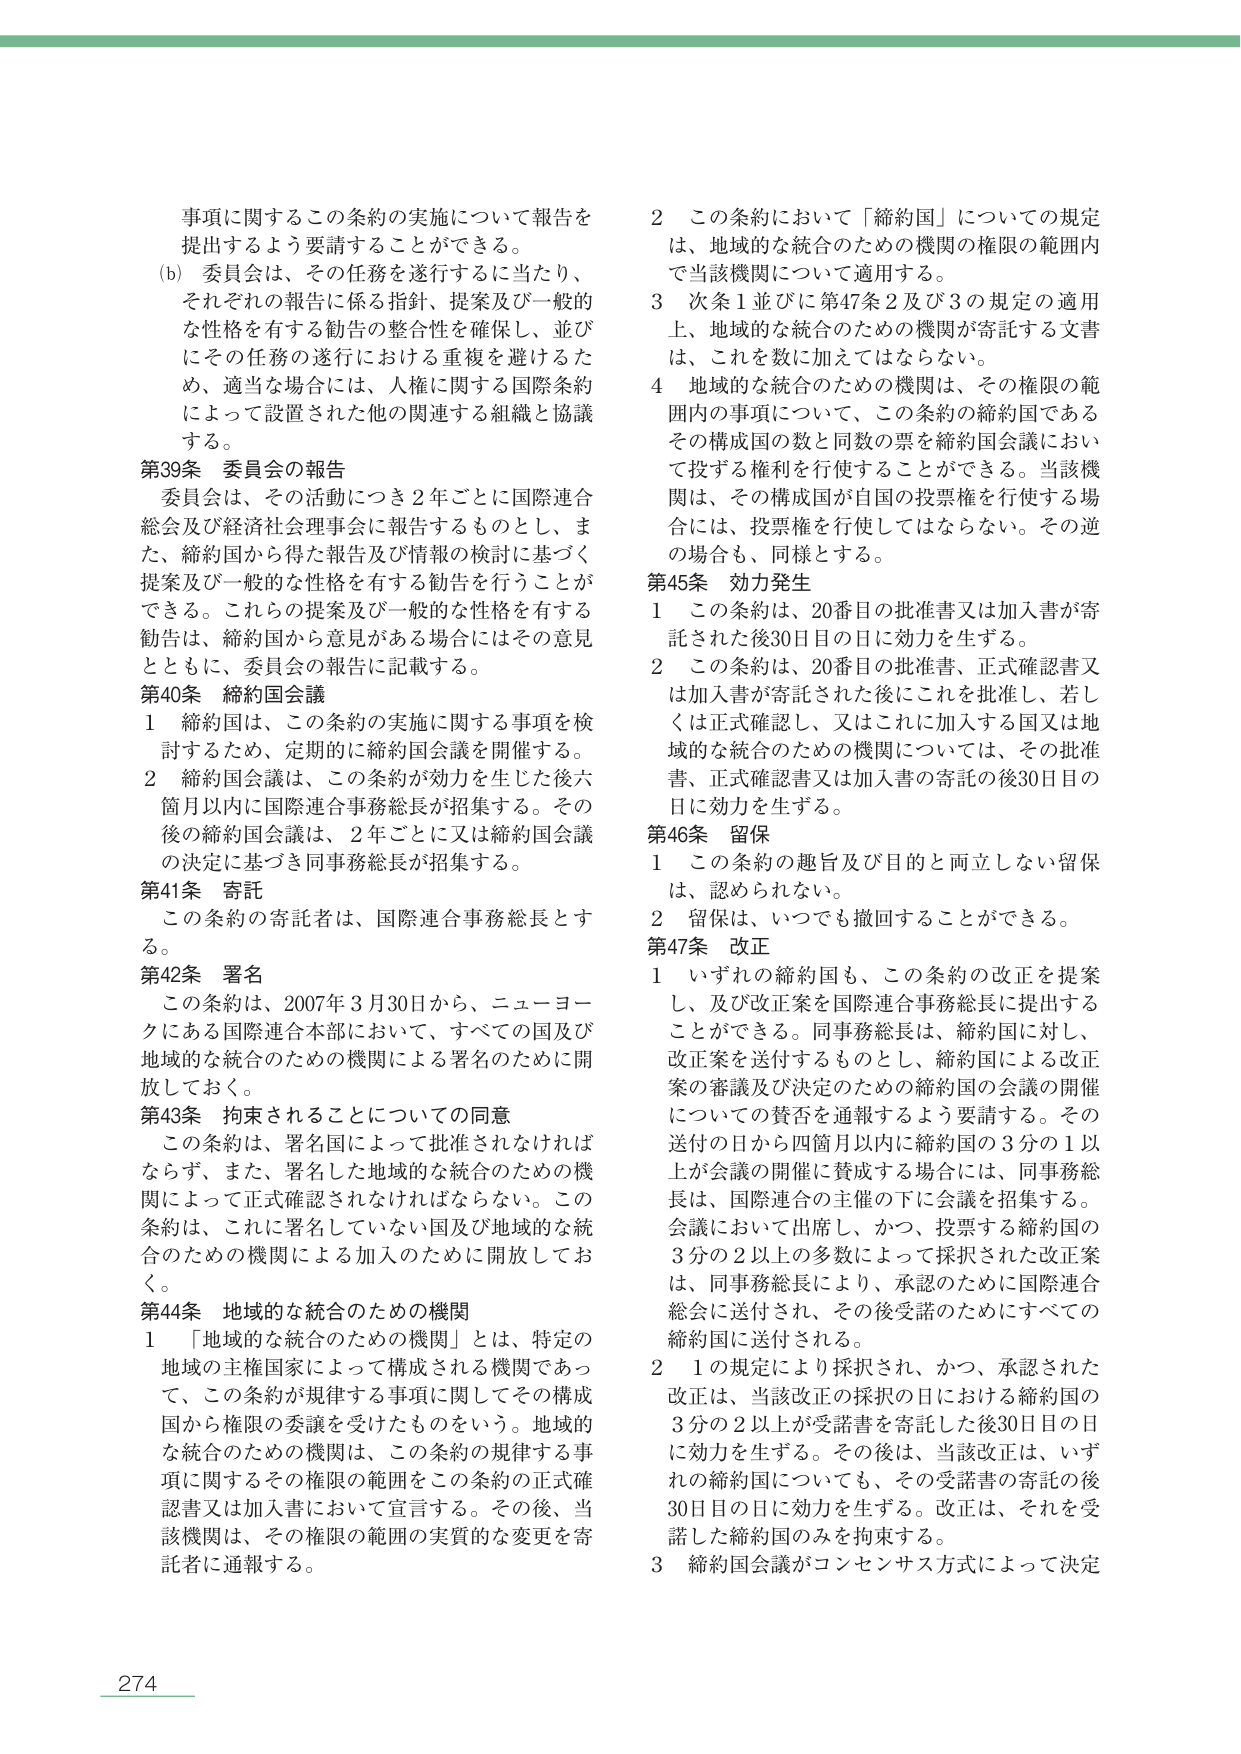
事項に関するこの条約の実施について報告を提出するよう要請することができる。
(b) 委員会は、その任務を遂行するに当たり、それぞれの報告に係る指針、提案及び一般的な性格を有する勧告の整合性を確保し、並びにその任務の遂行における重複を避けるため、適当な場合には、人権に関する国際条約によって設置された他の関連する組織と協議する。

第39条 委員会の報告
委員会は、その活動につき2年ごとに国際連合総会及び経済社会理事会に報告するものとし、また、締約国から得た報告及び情報の検討に基づく提案及び一般的な性格を有する勧告を行うことができる。これらの提案及び一般的な性格を有する勧告は、締約国から意見がある場合にはその意見とともに、委員会の報告に記載する。

第40条 締約国会議
1 締約国は、この条約の実施に関する事項を検討するため、定期的に締約国会議を開催する。
2 締約国会議は、この条約が効力を生じた後六箇月以内に国際連合事務総長が招集する。その後の締約国会議は、2年ごとに又は締約国会議の決定に基づき同事務総長が招集する。

第41条 寄託
この条約の寄託者は、国際連合事務総長とする。

第42条 署名
この条約は、2007年3月30日から、ニューヨークにある国際連合本部において、すべての国及び地域的な統合のための機関による署名のために開放しておく。

第43条 拘束されることについての同意
この条約は、署名国によって批准されなければならず、また、署名した地域的な統合のための機関によって正式確認されなければならない。この条約は、これに署名していない国及び地域的な統合のための機関による加入のために開放しておく。

第44条 地域的な統合のための機関
1 「地域的な統合のための機関」とは、特定の地域の主権国家によって構成される機関であって、この条約が規律する事項に関してその構成国から権限の委譲を受けたものをいう。地域的な統合のための機関は、この条約の規律する事項に関するその権限の範囲をこの条約の正式確認書又は加入書において宣言する。その後、当該機関は、その権限の範囲の実質的な変更を寄託者に通報する。

2 この条約において「締約国」についての規定は、地域的な統合のための機関の権限の範囲内で当該機関について適用する。
3 次条1並びに第47条2及び3の規定の適用上、地域的な統合のための機関が寄託する文書は、これを数に加えてはならない。
4 地域的な統合のための機関は、その権限の範囲内の事項について、この条約の締約国であるその構成国の数と同数の票を締約国会議において投ずる権利を行使することができる。当該機関は、その構成国が自国の投票権を行使する場合には、投票権を行使してはならない。その逆の場合も、同様とする。

第45条 効力発生
1 この条約は、20番目の批准書又は加入書が寄託された後30日目の日に効力を生ずる。
2 この条約は、20番目の批准書、正式確認書又は加入書が寄託された後にこれを批准し、若しくは正式確認し、又はこれに加入する国又は地域的な統合のための機関については、その批准書、正式確認書又は加入書の寄託の後30日目の日に効力を生ずる。

第46条 留保
1 この条約の趣旨及び目的と両立しない留保は、認められない。
2 留保は、いつでも撤回することができる。

第47条 改正
1 いずれの締約国も、この条約の改正を提案し、及び改正案を国際連合事務総長に提出することができる。同事務総長は、締約国に対し、改正案を送付するものとし、締約国による改正案の審議及び決定のための締約国の会議の開催についての賛否を通報するよう要請する。その送付の日から四箇月以内に締約国の3分の1以上が会議の開催に賛成する場合には、同事務総長は、国際連合の主催の下に会議を招集する。会議において出席し、かつ、投票する締約国の3分の2以上の多数によって採択された改正案は、同事務総長により、承認のために国際連合総会に送付され、その後受諾のためにすべての締約国に送付される。
2 1の規定により採択され、かつ、承認された改正は、当該改正の採択の日における締約国の3分の2以上が受諾書を寄託した後30日目の日に効力を生ずる。その後は、当該改正は、いずれの締約国についても、その受諾書の寄託の後30日目の日に効力を生ずる。改正は、それを受諾した締約国のみを拘束する。
3 締約国会議がコンセンサス方式によって決定

274